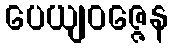
ပေယျဝဇ္ဇေန